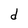
Character: d